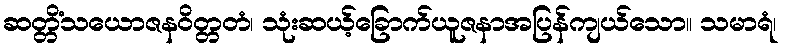
ဆတ္တိံသယောဇနဝိတ္တတံ၊ သုံးဆယ့်ခြောက်ယူဇနာအပြန်ကျယ်သော။ သမာရံ၊